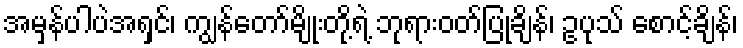
အမှန်ပါပဲအရှင်၊ ကျွန်တော်မျိုးတို့ရဲ့ ဘုရားဝတ်ပြုချိန်၊ ဥပုသ် စောင့်ချိန်၊